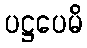
ပဋ္ဌပေမိ